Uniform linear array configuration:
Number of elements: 24
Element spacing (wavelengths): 0.25
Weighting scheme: binomial
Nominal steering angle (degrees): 30
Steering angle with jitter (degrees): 28.204
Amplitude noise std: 0.05
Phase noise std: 0.05

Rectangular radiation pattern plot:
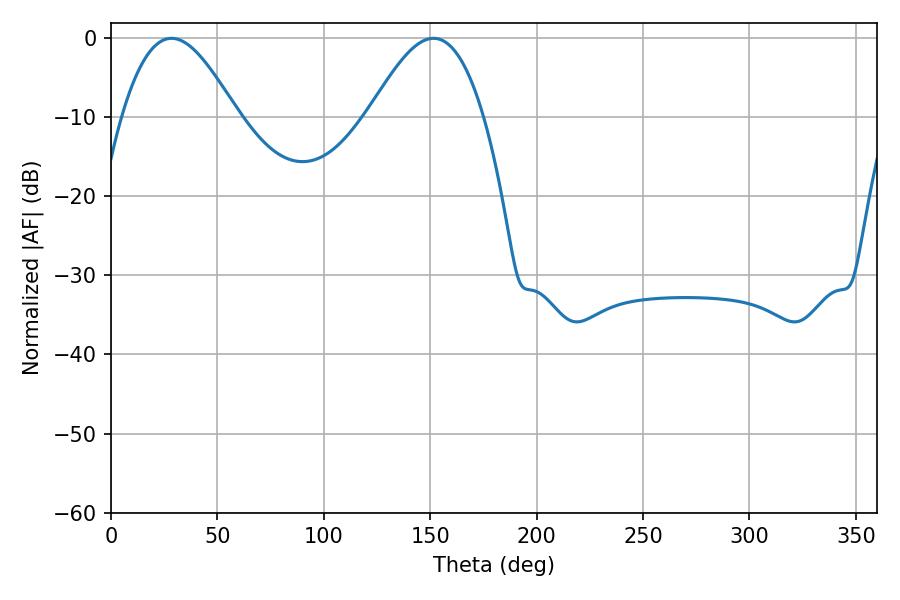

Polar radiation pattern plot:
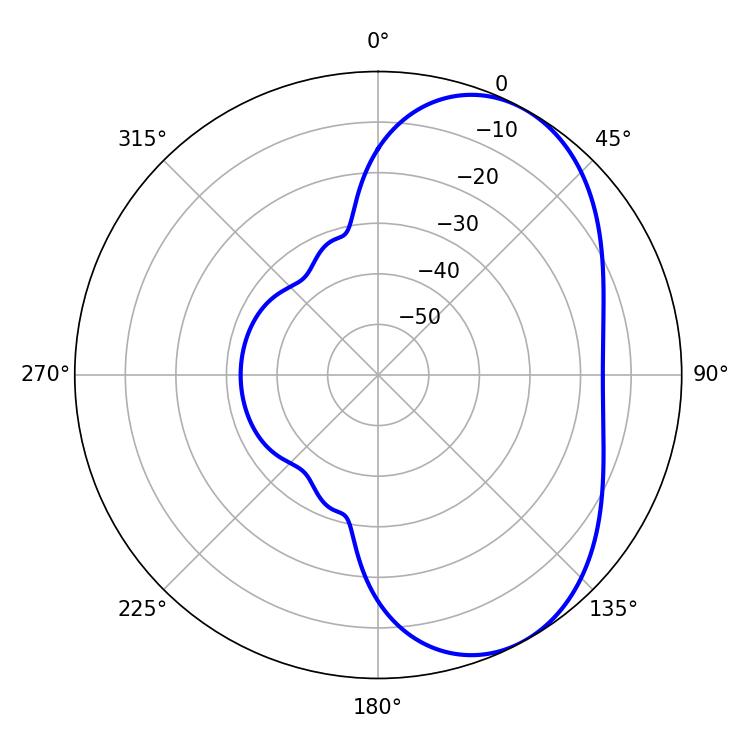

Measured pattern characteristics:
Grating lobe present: FALSE
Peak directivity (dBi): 5.34
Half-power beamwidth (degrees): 28.98
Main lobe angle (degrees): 28.44